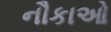
નૌકાઓ